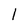
Character: 1